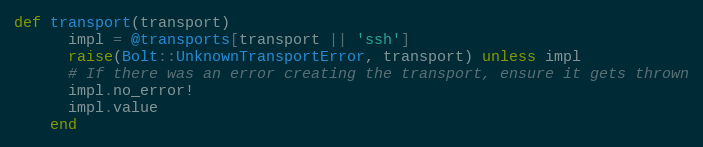
Language: Ruby
def transport(transport)
      impl = @transports[transport || 'ssh']
      raise(Bolt::UnknownTransportError, transport) unless impl
      # If there was an error creating the transport, ensure it gets thrown
      impl.no_error!
      impl.value
    end